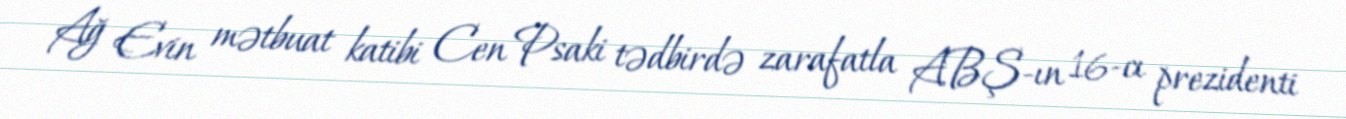
Ağ Evin mətbuat katibi Cen Psaki tədbirdə zarafatla ABŞ-ın 16-cı prezidenti